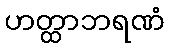
ဟတ္ထာဘရဏံ